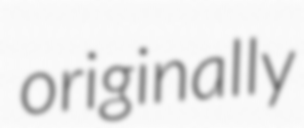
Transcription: originally